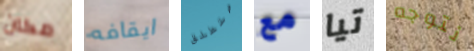
مكان ايقافه ستطلق مع تيا نتوجه